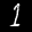
Label: 1